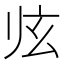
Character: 𱮲